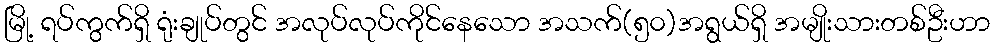
မြို့ ရပ်ကွက်ရှိ ရုံးချုပ်တွင် အလုပ်လုပ်ကိုင်နေသော အသက်(၅၀)အရွယ်ရှိ အမျိုးသားတစ်ဦးဟာ